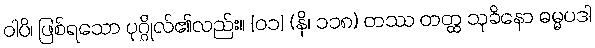
ဝါပိ၊ ဖြစ်ရသော ပုဂ္ဂိုလ်၏လည်း။ [၀၁] (နိ၊ ၁၁၈) တဿ တတ္ထ သုခိနော ဓမ္မပဒါ